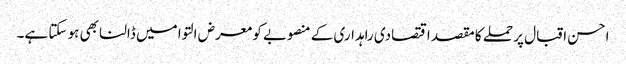
احسن اقبال پر حملے کا مقصد اقتصادی راہداری کے منصوبے کو معرض التوا میں ڈالنا بھی ہو سکتا ہے۔